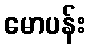
မောပန်း